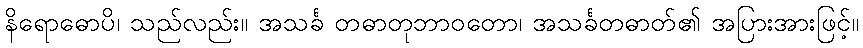
နိရောဓောပိ၊ သည်လည်း။ အသင်္ခ တဓာတုဘာဝတော၊ အသင်္ခတဓာတ်၏ အပြားအားဖြင့်။